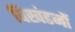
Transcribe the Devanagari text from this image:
विखंडनों